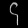
Digit: ၄